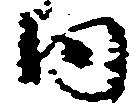
内